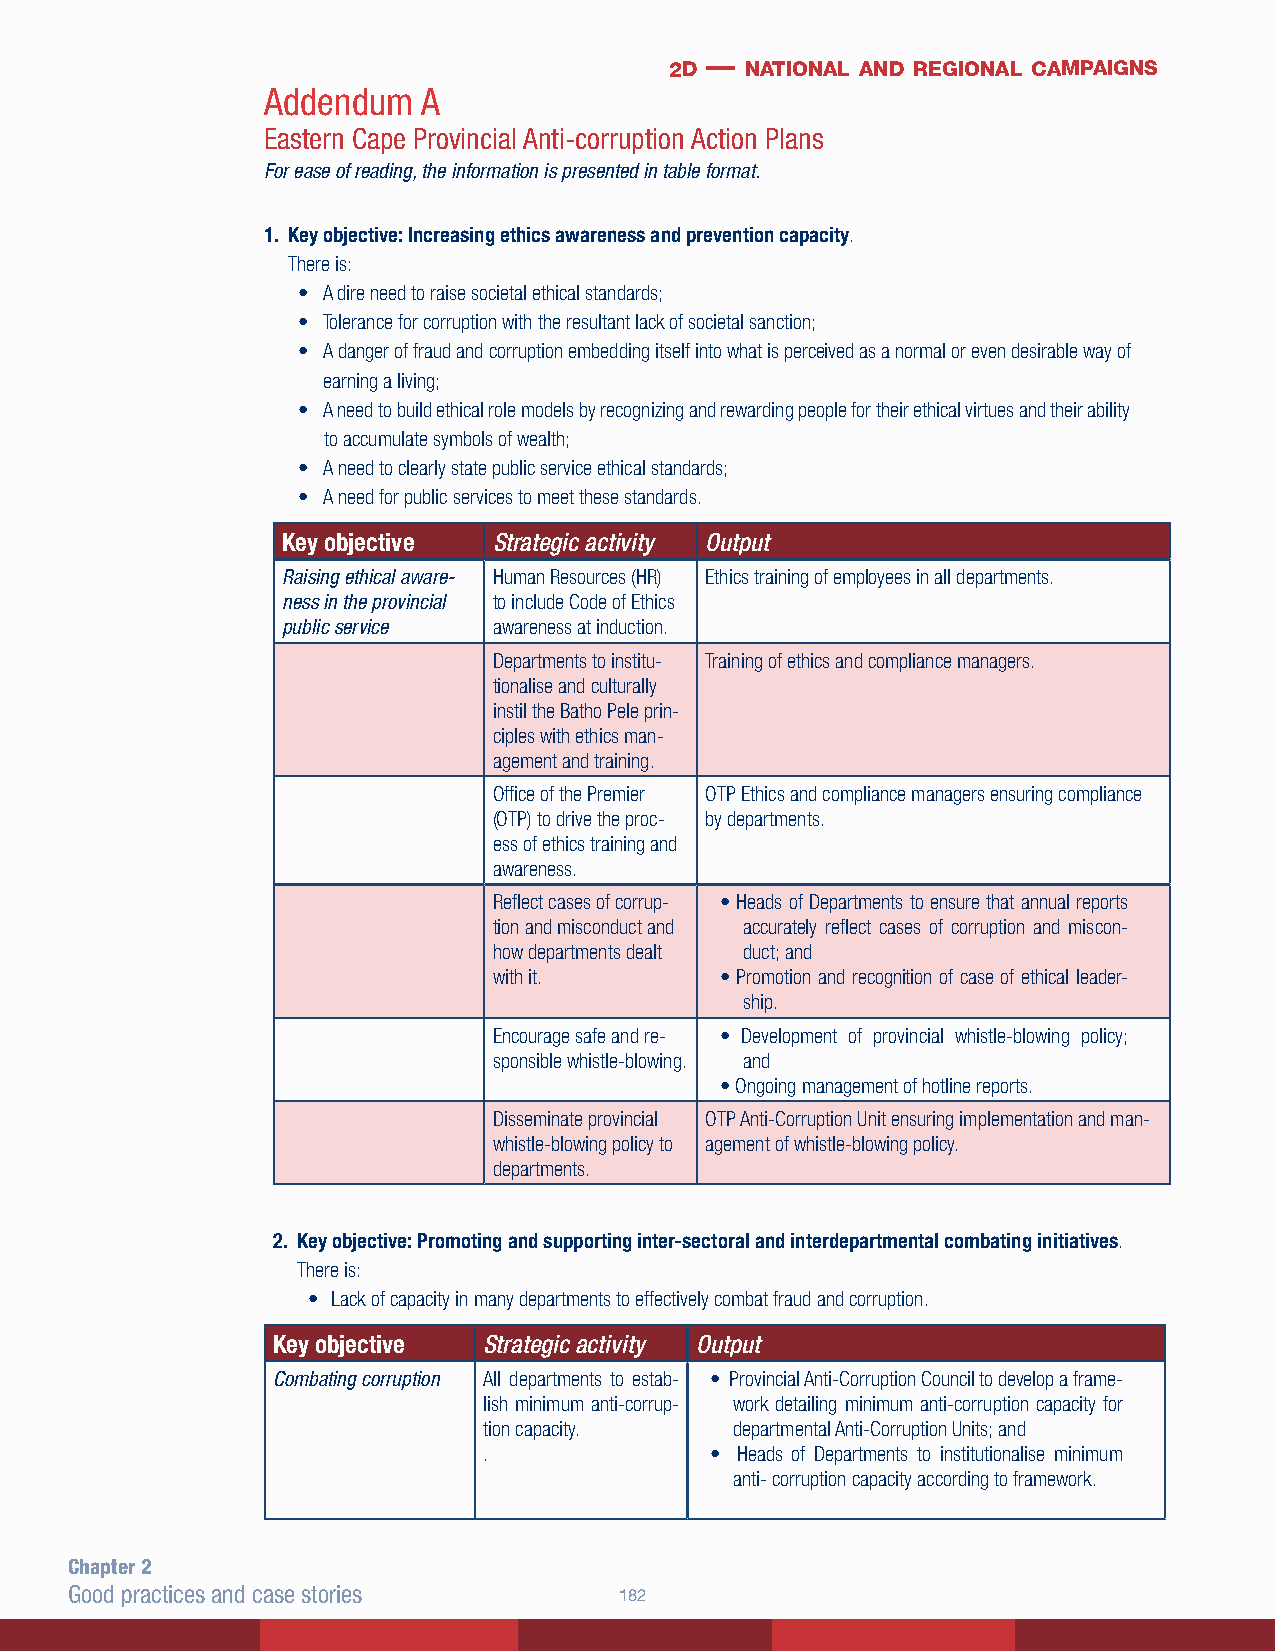
2d — national and regional campaigns
 Addendum   A
 Eastern Cape Provincial Anti-corruption Action Plans
 For ease of reading, the information is presented in table format.
 1. Key objective: Increasing ethics awareness and prevention capacity.
 There is:
 • A dire need to raise societal ethical standards;
 • Tolerance for corruption with the resultant lack of societal sanction;
 • A danger of fraud and corruption embedding itself into what is perceived as a normal or even desirable way of
 earning a living;
 • A need to build ethical role models by recognizing and rewarding people for their ethical virtues and their ability
 to accumulate symbols of wealth;
 • A need to clearly state public service ethical standards;
 • A need for public services to meet these standards.
 Key objective Strategic activity Output
 Raising ethical aware- Human Resources (HR) Ethics training of employees in all departments.
 ness in the provincial to include Code of Ethics
 public service awareness at induction.
 Departments to institu- Training of ethics and compliance managers.
 tionalise and culturally
 instil the Batho Pele prin-
 ciples with ethics man-
 agement and training.
 Office of the Premier OTP Ethics and compliance managers ensuring compliance
 (OTP) to drive the proc- by departments.
 ess of ethics training and
 awareness.
 Reflect cases of corrup- • Heads of Departments to ensure that annual reports
 tion and misconduct and accurately reflect cases of corruption and miscon-
 how departments dealt duct; and
 with it.       • Promotion and recognition of case of ethical leader-
 ship.
 Encourage safe and re- • Development of provincial whistle-blowing policy;
 sponsible whistle-blowing. and
 • Ongoing management of hotline reports.
 Disseminate provincial OTP Anti-Corruption Unit ensuring implementation and man-
 whistle-blowing policy to agement of whistle-blowing policy.
 departments.
 2. Key objective: Promoting and supporting inter-sectoral and interdepartmental combating initiatives.
 There is:
 • Lack of capacity in many departments to effectively combat fraud and corruption.
 Key objective Strategic activity Output
 Combating corruption All departments to estab- • Provincial Anti-Corruption Council to develop a frame-
 lish minimum anti-corrup- work detailing minimum anti-corruption capacity for
 tion capacity.   departmental Anti-Corruption Units; and
 .              • Heads of Departments to institutionalise minimum
 anti- corruption capacity according to framework.
 Chapter 2
 Good practices and case stories     182